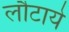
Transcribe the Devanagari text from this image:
लौटाये